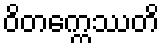
ဝိတက္ကေဿတိ